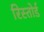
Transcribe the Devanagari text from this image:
रिस्तोर्ड